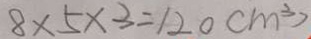
8 \times 5 \times 3 = 1 2 0 ( m ^ { 3 } )